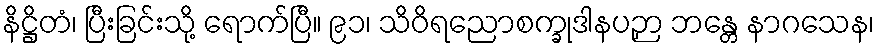
နိဋ္ဌိတံ၊ ပြီးခြင်းသို့ ရောက်ပြီ။ ၉၁၊ သိဝိရညောစက္ခုဒါနပဉှာ ဘန္တေ နာဂသေန၊